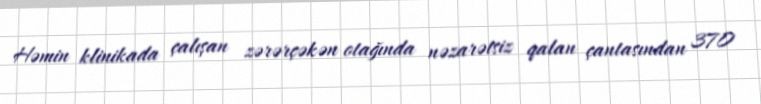
Həmin klinikada çalışan zərərçəkən otağında nəzarətsiz qalan çantasından 370